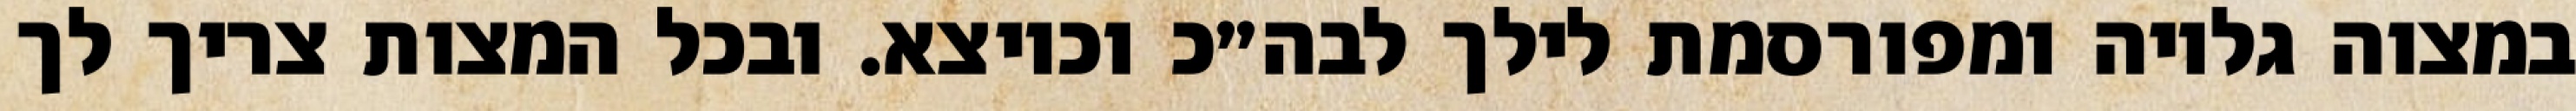
במצוה גלויה ומפורסמת לילך לבה״כ וכיוצא. ובכל המצות צריך לך